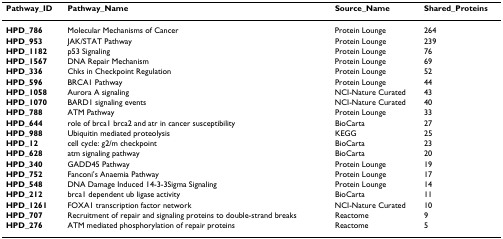
| Pathway_ID | Pathway_Name | Source_Name | Shared_Proteins |
 | --- | --- | --- | --- |
 | HPD_786 | Molecular Mechanisms of Cancer | Protein Lounge | 264 |
 | HPD_953 | JAK/STAT Pathway | Protein Lounge | 239 |
 | HPD_1182 | p53 Signaling | Protein Lounge | 76 |
 | HPD_1567 | DNA Repair Mechanism | Protein Lounge | 69 |
 | HPD_336 | Chks in Checkpoint Regulation | Protein Lounge | 52 |
 | HPD_596 | BRCA1 Pathway | Protein Lounge | 44 |
 | HPD_1058 | Aurora A signaling | NCI-Nature Curated | 43 |
 | HPD_1070 | BARD1 signaling events | NCI-Nature Curated | 40 |
 | HPD_788 | ATM Pathway | Protein Lounge | 33 |
 | HPD_644 | role of brca1 brca2 and atr in cancer susceptibility | BioCarta | 27 |
 | HPD_988 | Ubiquitin mediated proteolysis | KEGG | 25 |
 | HPD_12 | cell cycle: g2/m checkpoint | BioCarta | 23 |
 | HPD_628 | atm signaling pathway | BioCarta | 20 |
 | HPD_340 | GADD45 Pathway | Protein Lounge | 19 |
 | HPD_752 | Fanconi's Anaemia Pathway | Protein Lounge | 17 |
 | HPD_548 | DNA Damage Induced 14-3-3Sigma Signaling | Protein Lounge | 14 |
 | HPD_212 | brca1 dependent ub ligase activity | BioCarta | 11 |
 | HPD_1261 | FOXA1 transcription factor network | NCI-Nature Curated | 10 |
 | HPD_707 | Recruitment of repair and signaling proteins to double-strand breaks | Reactome | 9 |
 | HPD_276 | ATM mediated phosphorylation of repair proteins | Reactome | 5 |